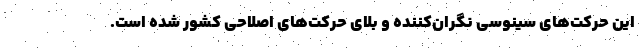
این حرکت‌های سینوسی نگران‌کننده و بلای حرکت‌های اصلاحی کشور شده است.